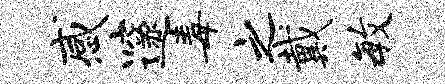
感邃毒之戴毓